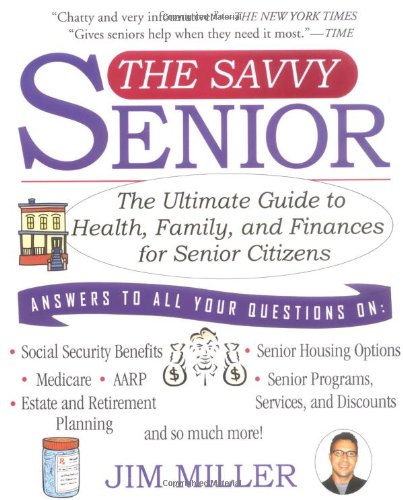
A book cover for The Savvy Senior: The Ultimate Guide to Health, Family, and Finances For Senior Citizens; Jim Miller; Parenting & Relationships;